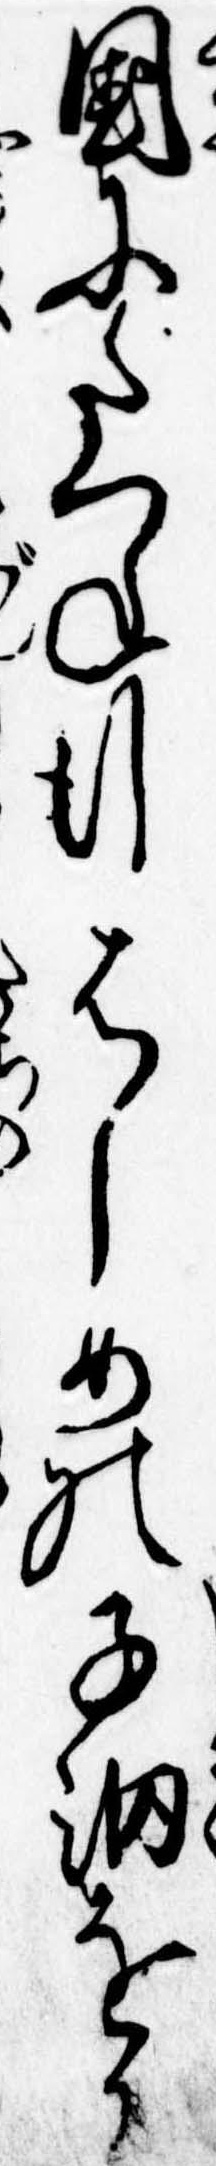
国にたつね行はしめの子細をか